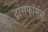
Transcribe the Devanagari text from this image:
ट्रांसफॉर्मर्स